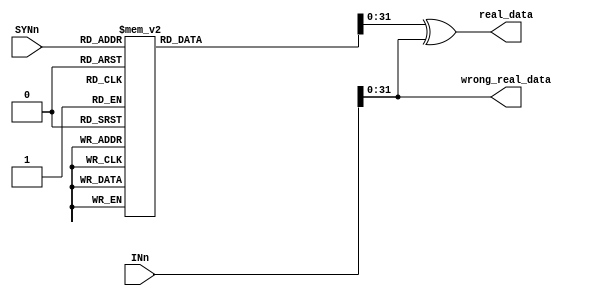
`timescale 1ns / 1ps

module de4 (
    input [39:0] INn, 
    input [6:0] SYNn,
    output  [31:0] real_data,
    output  [31:0] wrong_real_data
);

reg [38:0] LOC;
reg [39:0] OUT;
reg [31:0] r;
reg [31:0] w;

    always @(*) begin
       case (SYNn)
           7'b0000111: LOC <= 39'h00_0000_0001; 
           7'b0001011: LOC <= 39'h00_0000_0002;
           7'b0010011: LOC <= 39'h00_0000_0004;
           7'b0100011: LOC <= 39'h00_0000_0008;
           7'b1000011: LOC <= 39'h00_0000_0010;
           7'b0001101: LOC <= 39'h00_0000_0020;
           7'b0010101: LOC <= 39'h00_0000_0040;
           7'b0100101: LOC <= 39'h00_0000_0080;
           7'b1000101: LOC <= 39'h00_0000_0100;
           7'b1110000: LOC <= 39'h00_0000_0200;
           7'b1101000: LOC <= 39'h00_0000_0400;
           7'b1100100: LOC <= 39'h00_0000_0800;
           7'b1100010: LOC <= 39'h00_0000_1000;
           7'b1100001: LOC <= 39'h00_0000_2000;
           7'b1011000: LOC <= 39'h00_0000_4000;
           7'b1010100: LOC <= 39'h00_0000_8000;
           7'b1010010: LOC <= 39'h00_0001_0000;
           7'b1010001: LOC <= 39'h00_0002_0000;
           7'b0001110: LOC <= 39'h00_0004_0000;
           7'b0011100: LOC <= 39'h00_0008_0000;
           7'b0111000: LOC <= 39'h00_0010_0000;
           7'b0010110: LOC <= 39'h00_0020_0000;
           7'b0100110: LOC <= 39'h00_0040_0000;
           7'b0011010: LOC <= 39'h00_0080_0000;
           7'b0101010: LOC <= 39'h00_0100_0000;
           7'b0110010: LOC <= 39'h00_0200_0000;
           7'b1001001: LOC <= 39'h00_0400_0000;
           7'b0101001: LOC <= 39'h00_0800_0000;
           7'b1001010: LOC <= 39'h00_1000_0000;
           7'b0011001: LOC <= 39'h00_2000_0000;
           7'b1001100: LOC <= 39'h00_4000_0000;
           7'b0110100: LOC <= 39'h00_8000_0000;
           7'b0000001: LOC <= 39'h01_0000_0000;
           7'b0000010: LOC <= 39'h02_0000_0000;
           7'b0000100: LOC <= 39'h04_0000_0000;
           7'b0001000: LOC <= 39'h08_0000_0000;
           7'b0010000: LOC <= 39'h10_0000_0000;
           7'b0100000: LOC <= 39'h20_0000_0000;
           7'b1000000: LOC <= 39'h40_0000_0000; 
           default: LOC <= 0;
        endcase
      
       OUT[38:0] <= LOC ^ INn[38:0];
       OUT[39] <= INn[39]; 
       r = OUT[31:0];
       w = INn[31:0];

    end
    
    assign wrong_real_data = w;
    assign real_data = r;
    
endmodule